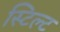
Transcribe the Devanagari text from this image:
स्टिल्ट